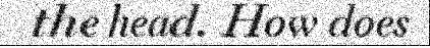
the head. How does